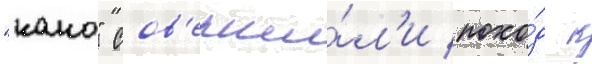
"како" сов'ерши́л'и похо́д к